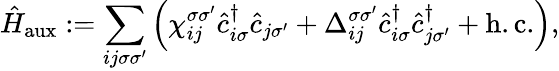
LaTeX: \hat{H}_{\mathrm{aux}}:=\sum_{ij\sigma\sigma^{\prime}}\left(\chi_{ij}^{\sigma\sigma^{\prime}}\hat{c}_{i\sigma}^{\dagger}\hat{c}_{j\sigma^{\prime}}+\Delta_{ij}^{\sigma\sigma^{\prime}}\hat{c}_{i\sigma}^{\dagger}\hat{c}_{j\sigma^{\prime}}^{\dagger}+\mathrm{h.c.}\right),